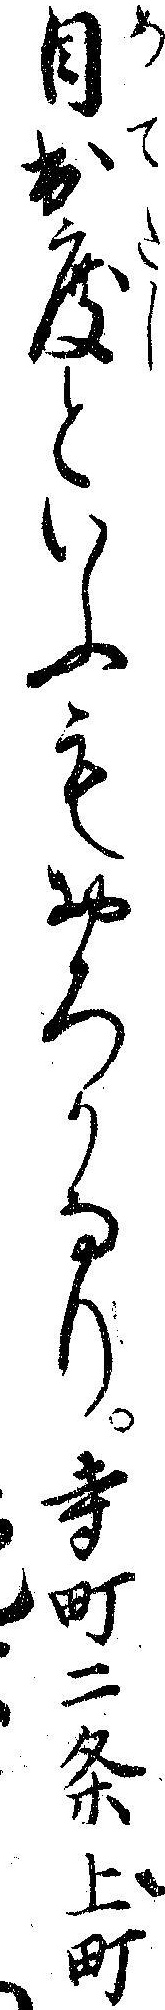
目出度といふもおろかなり寺町二条上町